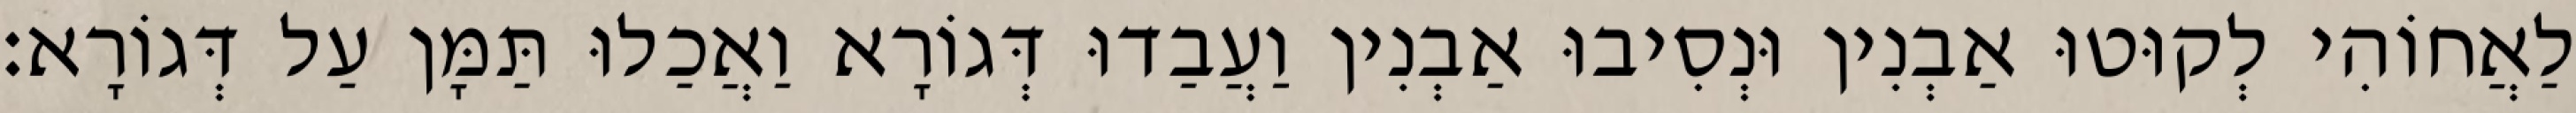
לַאֲחוֹהִי לְקוּטוּ אַבְנִין וּנְסִיבוּ אַבְנִין וַעֲבַדוּ דְּגוֹרָא וַאֲכַלוּ תַּמָּן עַל דְּגוֹרָא׃